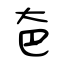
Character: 夿